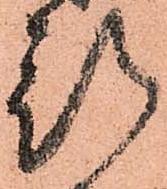
行